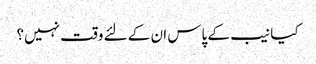
کیا نیب کے پاس ان کے لئے وقت نہیں؟